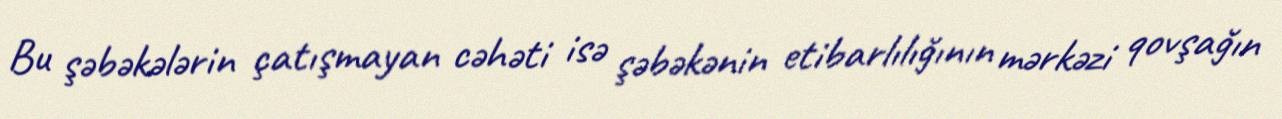
Bu şəbəkələrin çatışmayan cəhəti isə şəbəkənin etibarlılığının mərkəzi qovşağın